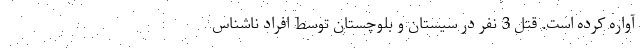
آواره کرده است. قتل 3 نفر در سیستان و بلوچستان توسط افراد ناشناس